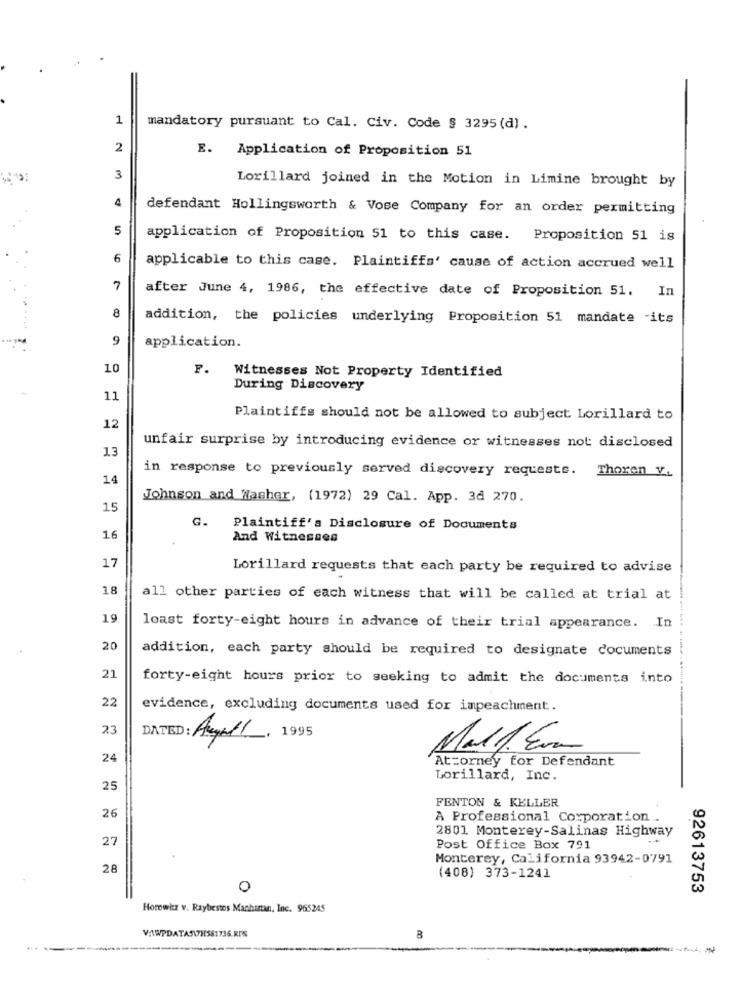
1
mandatory pursuant to Cal. Civ. Code § 3295 (d) .
2
E. Application of Proposition 51
3
Lorillard joined in the Motion in Limine brought by
4
defendant Hollingsworth & Vose Company for an order permitting
5
application of Proposition 51 to this case. Proposition 51 is
6
applicable to this case. Plaintiffs' cause of action accrued well
after June 4, 1986, the effective date of Proposition 51. In
8
addition, the policies underlying Proposition 51 mandate -its
9
application.
10
P.
Witnesses Not Property Identified
During Discovery
11
Plaintiffs should not be allowed to subject Lorillard to
12
13
unfair surprise by introducing evidence or witnesses not disclosed
in response to previously served discovery requests. Thoren V.
14
Johnson and Washer, (1972) 29 Cal. App. 34 270.
15
G.
Plaintiff's Disclosure of Documents
16
And Witnesses
17
Lorillard requests that each party be required to advise
18
all other parties of each witness that will be called at trial at
19
loast forty-eight hours in advance of their trial appearance. In
20
addition, each party should be required to designate documents
---
21
forty-eight hours prior to seeking to admit the documents into
22
evidence, excluding documents used for impeachment.
23
1995
Mall. En
24
Attorney for Defendant
Lorillard, Inc.
25
FENTON & KELLER
26
A Professional Corporation ..
2801 Monterey-Salinas Highway
27
Post Office Box 791
Monterey, California 93942-0791
28
(408) 373-1241
92613753
Horowitz v. Raybestos Manhattan, Inc. 965245
-
-----